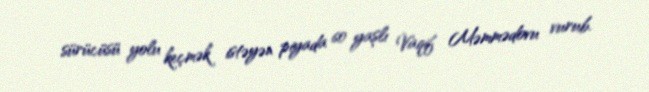
sürücüsü yolu keçmək istəyən piyada 60 yaşlı Vaqif Məmmədovu vurub.